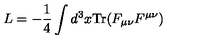
L = - \frac { 1 } { 4 } \int d ^ { 3 } x \mathrm { T r } ( F _ { \mu \nu } F ^ { \mu \nu } )